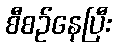
စီစဉ်နေပြီး